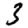
Digit: 3